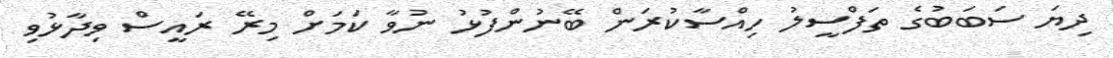
ދިޔަ ސަބަބުގެ ތަފްސީލު ހިއްސާކުރަން ބޭނުންފުޅު ނުވާ ކަމަށް މިރޭ ރައީސް ވިދާޅުވި